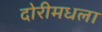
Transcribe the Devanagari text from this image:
दोरीमधला